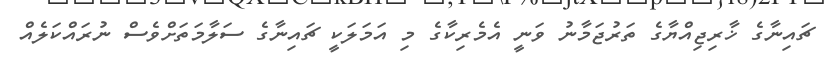
ޗައިނާގެ ޚާރިޖިއްޔާގެ ތަރުޖަމާނު ވަނީ އެމެރިކާގެ މި އަމަލަކީ ޗައިނާގެ ސަލާމަތަށްވެސް ނުރައްކަލެއް